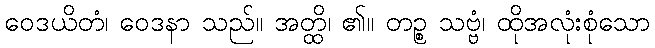
ဝေဒယိတံ၊ ဝေဒနာ သည်။ အတ္ထိ၊ ၏။ တဉ္စ သဗ္ဗံ၊ ထိုအလုံးစုံသော